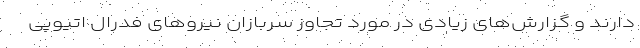
دارند و گزارش‌های زیادی در مورد تجاوز سربازان نیروهای فدرال اتیوپی